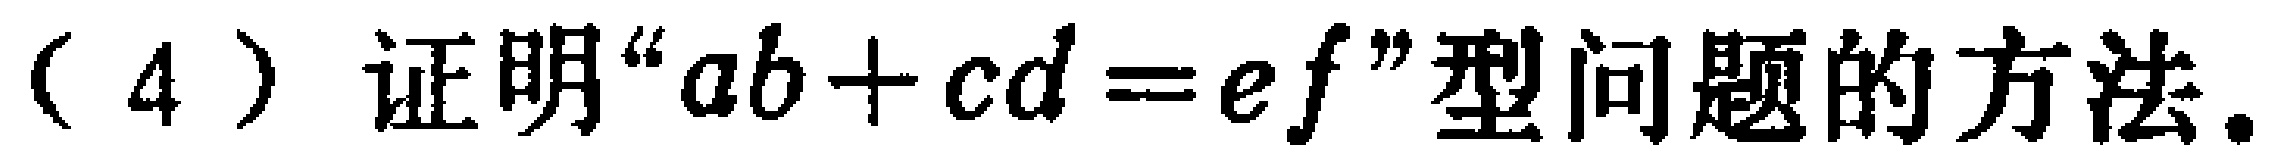
(4) 证明“\(ab + cd = ef\)”型问题的方法.